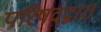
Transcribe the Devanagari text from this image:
परिषदद्वारा